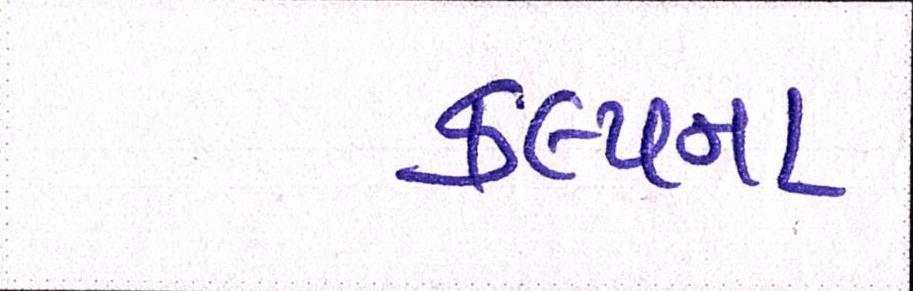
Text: કલ્પના